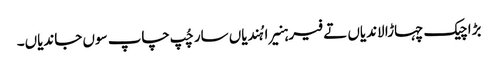
بڑا چیک چہاڑا لاندیاں تے فیر ہنیرا ہُندیاں سار چُپ چاپ سوں جاندیاں۔